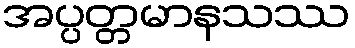
အပ္ပတ္တမာနသဿ